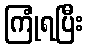
ကြုံရပြီး